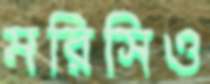
মরিসিও